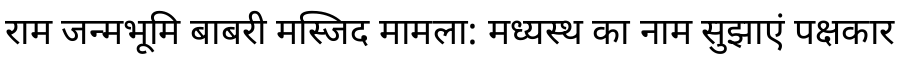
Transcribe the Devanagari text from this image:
राम जन्मभूमि बाबरी मस्जिद मामला: मध्यस्थ का नाम सुझाएं पक्षकार